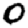
Digit: 0